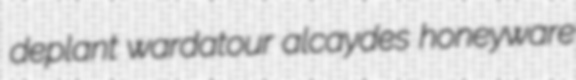
deplant wardatour alcaydes honeyware